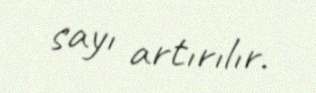
sayı artırılır.